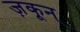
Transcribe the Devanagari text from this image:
ज़कून्